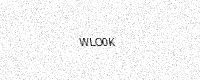
Text: WLO0K